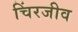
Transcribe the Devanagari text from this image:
चिंरजीव